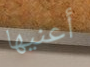
أعنيها